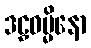
ဒဠှဓမ္မိနော